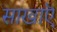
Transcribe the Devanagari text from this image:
साखाऎ